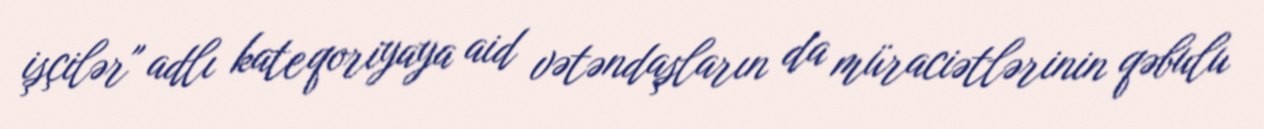
işçilər" adlı kateqoriyaya aid vətəndaşların da müraciətlərinin qəbulu